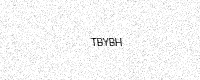
Text: TBYBH